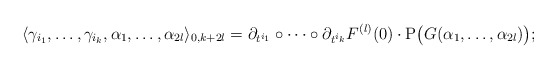
\begin{align*} \langle \gamma_{i_1},\dots,\gamma_{i_k}, \alpha_1,\dots,\alpha_{2l}\rangle_{0,k+2l}=\partial_{t^{i_1}}\circ\dots\circ\partial_{t^{i_k}}F^{(l)}(0)\cdot \mathrm{P}\big(G(\alpha_1,\dots,\alpha_{2l})\big); \end{align*}